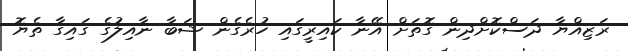
ރަޒިއްޔާ ދަސްކޮށްދިން ގޮތަށް އޭނާ ކައިރީގައި ހުރެގެން ޝަބާ ނާއިލުގެ ގައިގާ ތެޔޮ